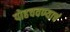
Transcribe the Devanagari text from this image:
पोहचवण्याचं